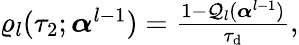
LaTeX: \begin{array}{r}{\varrho_{l}(\tau_{2};\boldsymbol{\alpha}^{l-1})=\frac{1-\mathcal{Q}_{l}(\boldsymbol{\alpha}^{l-1})}{\tau_{\mathrm{d}}},}\end{array}